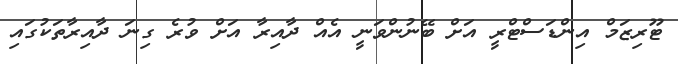
ޓޫރިޒަމް އިންޑަސްޓްރީ އަށް ބޭނުންވަނީ އެއް ދާއިރާ އަށް ވުރެ ގިނަ ދާއިރާތަކުގައި